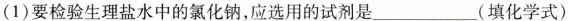
(1)要检验生理盐水中的氯化钠，应选用的试剂是___(填化学式)